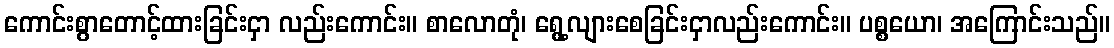
ကောင်းစွာတောင့်ထားခြင်းငှာ လည်းကောင်း။ စာလောတုံ၊ ရွေ့လျားစေခြင်းငှာလည်းကောင်း။ ပစ္စယော၊ အကြောင်းသည်။